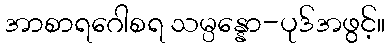
အာစာရဂေါစရ သမ္ပန္နော-ပုဒ်အဖွင့်။